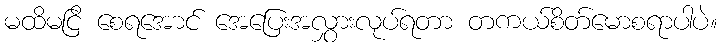
မထိမငြိ စေရအောင် အေပြေးအလွှားလုပ်ရတာ တကယ်စိတ်မောစရာပါပဲ။